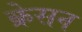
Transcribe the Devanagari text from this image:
क्रेसन